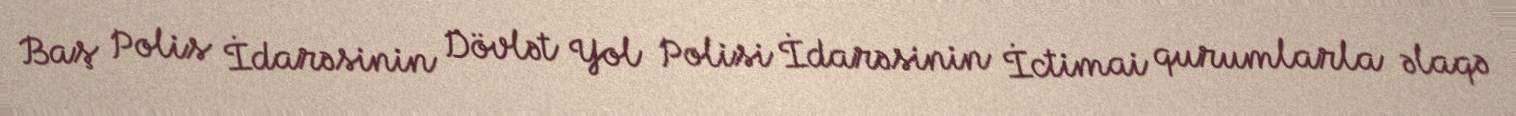
Baş Polis İdarəsinin Dövlət Yol Polisi İdarəsinin İctimai qurumlarla əlaqə